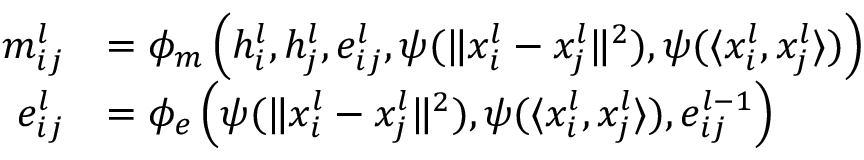
\begin{array} { r l } { m _ { i j } ^ { l } } & { = \phi _ { m } \left( h _ { i } ^ { l } , h _ { j } ^ { l } , e _ { i j } ^ { l } , \psi ( \Vert { x _ { i } ^ { l } - x _ { j } ^ { l } } \Vert ^ { 2 } ) , \psi ( \langle x _ { i } ^ { l } , x _ { j } ^ { l } \rangle ) \right) } \\ { e _ { i j } ^ { l } } & { = \phi _ { e } \left( \psi ( \Vert { x _ { i } ^ { l } - x _ { j } ^ { l } } \Vert ^ { 2 } ) , \psi ( \langle x _ { i } ^ { l } , x _ { j } ^ { l } \rangle ) , e _ { i j } ^ { l - 1 } \right) } \end{array}